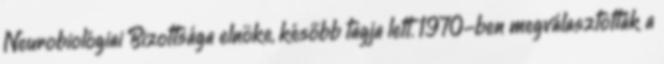
Neurobiológiai Bizottsága elnöke, később tagja lett. 1970-ben megválasztották a